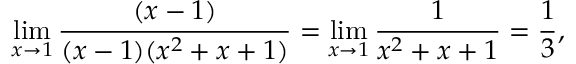
\operatorname* { l i m } _ { x \to 1 } { \frac { ( x - 1 ) } { ( x - 1 ) ( x ^ { 2 } + x + 1 ) } } = \operatorname* { l i m } _ { x \to 1 } { \frac { 1 } { x ^ { 2 } + x + 1 } } = { \frac { 1 } { 3 } } ,